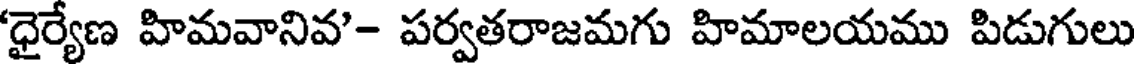
'ధైర్యేణ హిమవానివ'- పర్వతరాజమగు హిమాలయము పిడుగులు